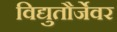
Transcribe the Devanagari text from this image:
विद्युतौर्जेवर